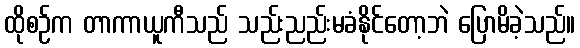
ထိုစဉ်က တာကာယူကီသည် သည်းညည်းမခံနိုင်တော့ဘဲ ပြောမိခဲ့သည်။